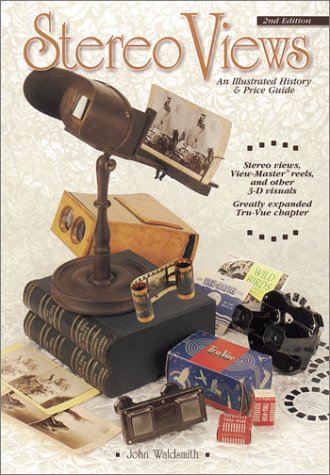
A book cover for Stereo Views: An Illustrated History & Price Guide; John Waldsmith; Crafts, Hobbies & Home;